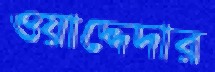
ওয়াদ্দেদার